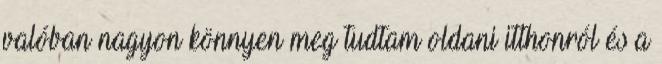
valóban nagyon könnyen meg tudtam oldani itthonról és a